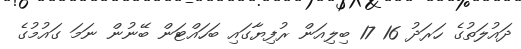
ދައުލަތުގެ ހަރަދު 16 17 ބިލިއަން ރުފިޔާގައި ބަހައްޓަން ބޭނުން ނަމަ ގައުމުގެ